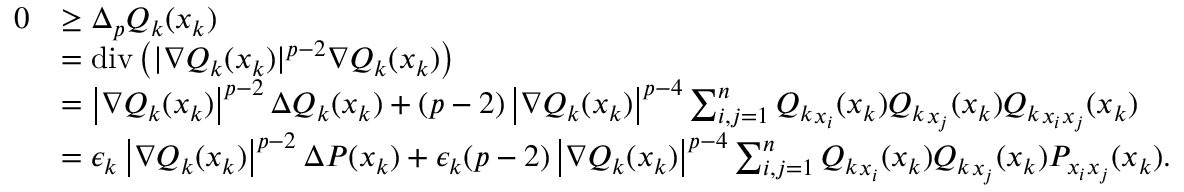
\begin{array} { r l } { 0 } & { \geq \Delta _ { p } Q _ { k } ( x _ { k } ) } \\ & { = \mathrm { d i v } \left( | \nabla Q _ { k } ( x _ { k } ) | ^ { p - 2 } \nabla Q _ { k } ( x _ { k } ) \right) } \\ & { = \left| \nabla Q _ { k } ( x _ { k } ) \right| ^ { p - 2 } \Delta Q _ { k } ( x _ { k } ) + ( p - 2 ) \left| \nabla Q _ { k } ( x _ { k } ) \right| ^ { p - 4 } \sum _ { i , j = 1 } ^ { n } { Q _ { k } } _ { x _ { i } } ( x _ { k } ) { Q _ { k } } _ { x _ { j } } ( x _ { k } ) { Q _ { k } } _ { x _ { i } x _ { j } } ( x _ { k } ) } \\ & { = \epsilon _ { k } \left| \nabla Q _ { k } ( x _ { k } ) \right| ^ { p - 2 } \Delta P ( x _ { k } ) + \epsilon _ { k } ( p - 2 ) \left| \nabla Q _ { k } ( x _ { k } ) \right| ^ { p - 4 } \sum _ { i , j = 1 } ^ { n } { Q _ { k } } _ { x _ { i } } ( x _ { k } ) { Q _ { k } } _ { x _ { j } } ( x _ { k } ) { P } _ { x _ { i } x _ { j } } ( x _ { k } ) . } \end{array}